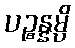
ပဉ္စန္နမ္ပိ